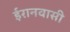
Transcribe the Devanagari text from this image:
ईरानवासी